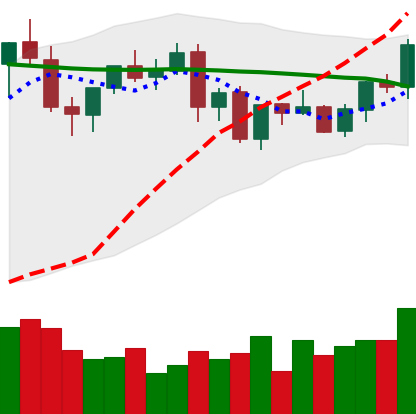
Ticker: EOS-USD
Chart end date: 2021-09-03
Forward return: -16.418%
Label: down_7plus